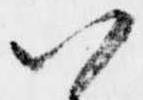
以